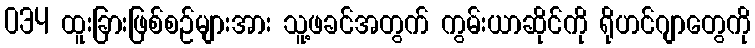
034 ထူးခြားဖြစ်စဉ်များအား သူ့ဖခင်အတွက် ကွမ်းယာဆိုင်ကို ရိုဟင်ဂျာတွေကို